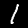
Digit: 1